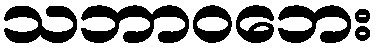
သဘာဝဘေး